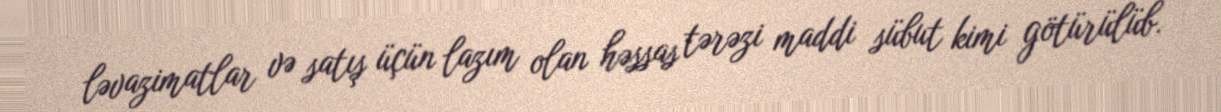
ləvazimatlar və satış üçün lazım olan həssas tərəzi maddi sübut kimi götürülüb.